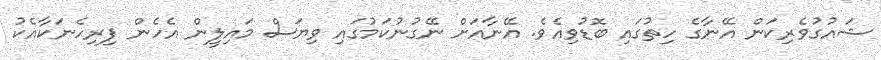
ޝައުގުވެރިކަން އޭނާގެ ހިތުގައި ބޮޑުވިއެވެ. އޭނާއަށް ނޭގުނުކަމުގައި ވިޔަސް މައިލީން އެހެން ފިރިހެނަކާއެކު